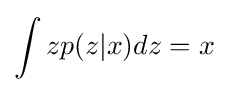
\int zp(z|x)dz=x